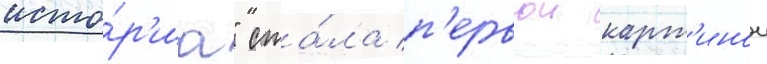
исто́р'иа" ста́ла п'ервои карт'инои